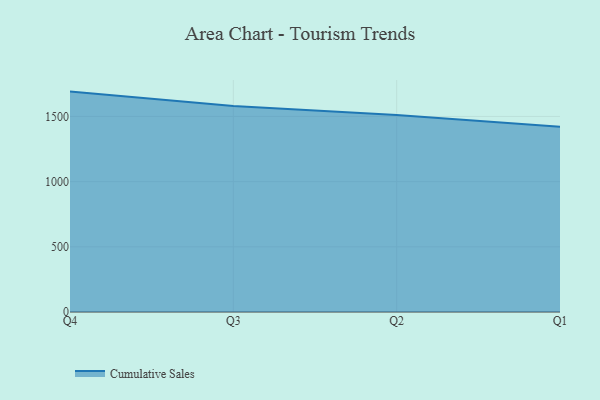
{"axis": {"x": "Quarter", "y": "Customer Acquisition Cost (USD)"}, "legend": ["Cumulative Sales"], "data": [{"x": "Q4", "y": 1690.5, "type": "Cumulative Sales"}, {"x": "Q3", "y": 1580.3, "type": "Cumulative Sales"}, {"x": "Q2", "y": 1511.4, "type": "Cumulative Sales"}, {"x": "Q1", "y": 1421.8, "type": "Cumulative Sales"}]}